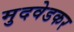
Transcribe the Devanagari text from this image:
मुदवेडकर